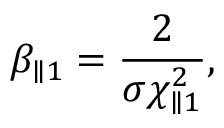
\beta _ { \parallel 1 } = \frac { 2 } { \sigma \chi _ { \parallel 1 } ^ { 2 } } ,